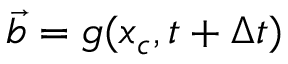
\Vec { b } = g ( x _ { c } , t + \Delta t )